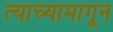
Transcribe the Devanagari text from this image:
त्याच्यामागून